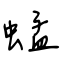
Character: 蜢